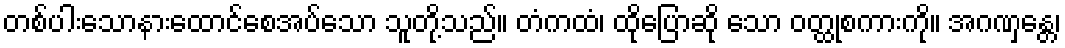
တစ်ပါးသောနားထောင်စေအပ်သော သူတို့သည်။ တံကထံ၊ ထိုပြောဆို သော ဝတ္ထုစကားကို။ အဂဏှန္တေ၊